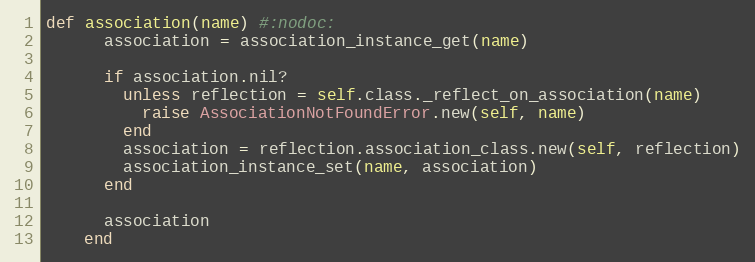
Language: Ruby
def association(name) #:nodoc:
      association = association_instance_get(name)

      if association.nil?
        unless reflection = self.class._reflect_on_association(name)
          raise AssociationNotFoundError.new(self, name)
        end
        association = reflection.association_class.new(self, reflection)
        association_instance_set(name, association)
      end

      association
    end